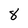
Character: 8